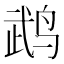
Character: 鹉